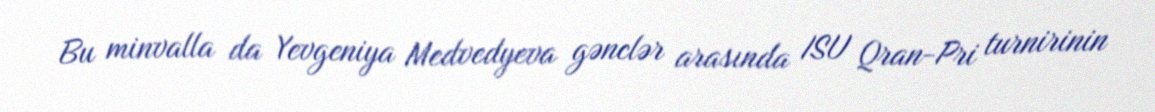
Bu minvalla da Yevgeniya Medvedyeva gənclər arasında ISU Qran-Pri turnirinin